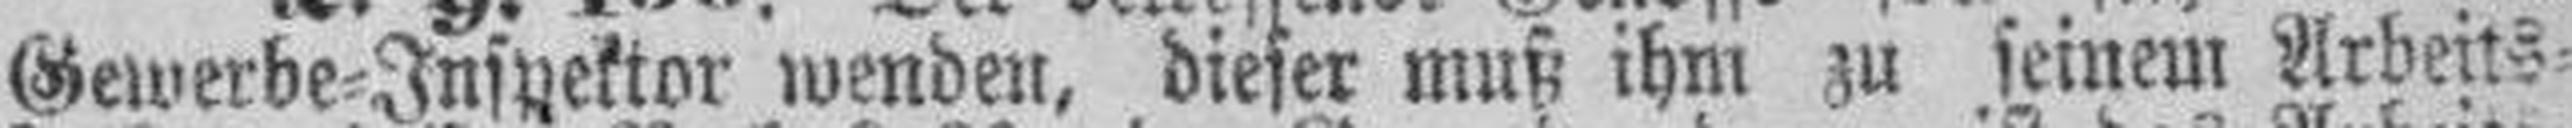
Gewerbe=Inspektor wenden, dieser muß ihm zu seinem Arbeits¬